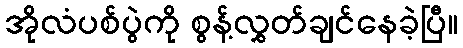
အိုလံပစ်ပွဲကို စွန့်လွှတ်ချင်နေခဲ့ပြီ။